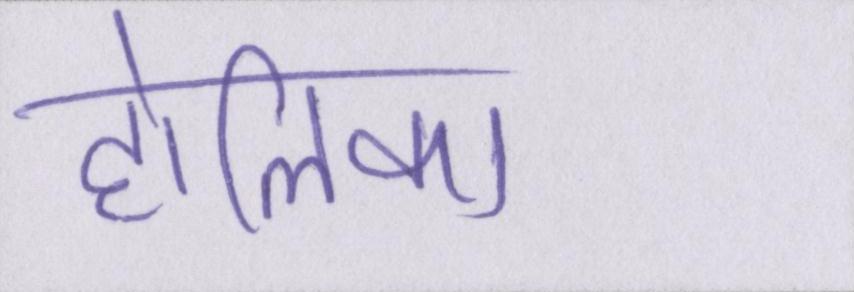
होलिका